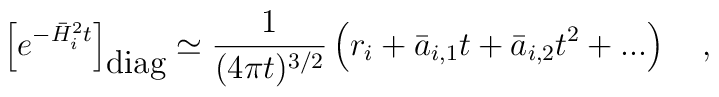
\left[ e^{-\bar{H}_i^2t} \right]_{\mbox{diag}} \simeq{1 \over (4\pi t)^{3/2}}\left(r_i+\bar{a}_{i,1}t+\bar{a}_{i,2}t^2+...\right)~~~,